Vaccination in Burma 1920-1933 - 1920-1933
Year: 1920
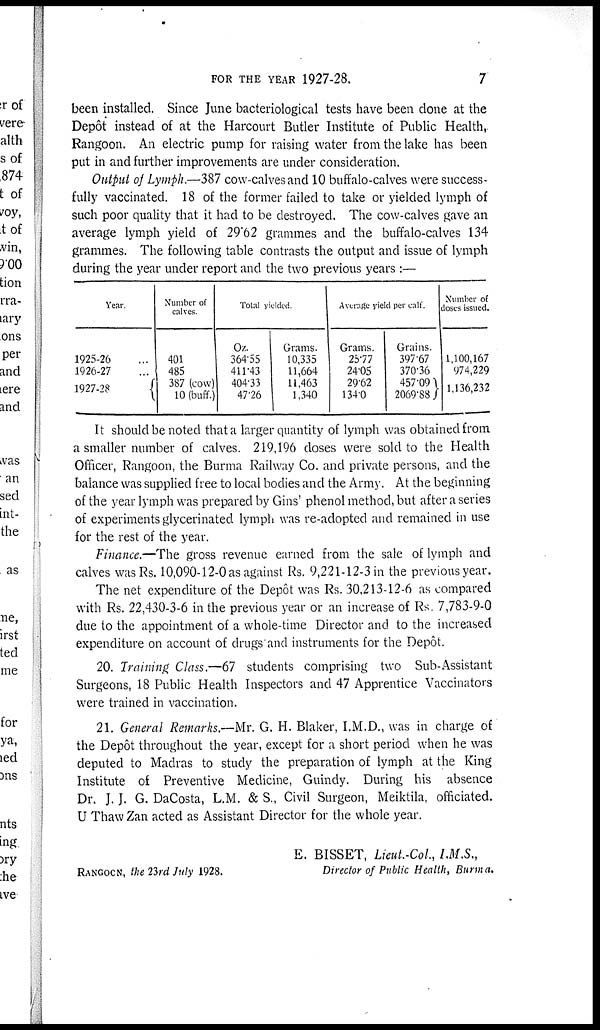
FOR THE YEAR 1927-28.
7
been installed. Since June bacteriological tests have been done at the
Depôt instead of at the Harcourt Butler Institute of Public Health,
Rangoon. An electric pump for raising water from the lake has been
put in and further improvements are under consideration.
Output of Lymph.—387 cow-calves and 10 buffalo-calves were success-
fully vaccinated. 18 of the former failed to take or yielded lymph of
such poor quality that it had to be destroyed. The cow-calves gave an
average lymph yield of 29.62 grammes and the buffalo-calves 134
grammes. The following table contrasts the output and issue of lymph
during the year under report and the two previous years :—
Year
1925-26 ...
1926-27 ...
1927-28
Number of
calves.
401
485
387 (cow)
10 (buff.)
Total yielded
Oz.
364.55
411.43
404.33
47.26
Grams.
10,335
11,664
11,463
1,340
Average yield per calf.
Grams.
25.77
24.05
29.62
134.0
Grains.
397.67
370.36
457.09
2069.88
Number of
doses issued.
1,100,167
974,229
1,136,232
It should be noted that a larger quantity of lymph was obtained from
a smaller number of calves. 219,196 doses were sold to the Health
Officer, Rangoon, the Burma Railway Co. and private persons, and the
balance was supplied free to local bodies and the Army. At the beginning
of the year lymph was prepared by Gins' phenol method, but after a series
of experiments glycerinated lymph was re-adopted and remained in use
for the rest of the year.
Finance.—The gross revenue earned from the sale of lymph and
calves was Rs. 10,090-12-0 as against Rs. 9,221-12-3 in the previous year.
The net expenditure of the Depôt was Rs. 30,213-12-6 as compared
with Rs. 22,430-3-6 in the previous year or an increase of Rs. 7,783-9-0
due to the appointment of a whole-time Director and to the increased
expenditure on account of drugs and instruments for the Depôt.
20. Training Class.—67 students comprising two Sub-Assistant
Surgeons, 18 Public Health Inspectors and 47 Apprentice Vaccinators
were trained in vaccination.
21. General Remarks.—Mr. G. H. Blaker, I.M.D., was in charge of
the Depôt throughout the year, except for a short period when he was
deputed to Madras to study the preparation of lymph at the King
Institute of Preventive Medicine, Guindy. During his absence
Dr. J. J. G. DaCosta, L.M. & S., Civil Surgeon, Meiktila, officiated.
U Thaw Zan acted as Assistant Director for the whole year.
E. BISSET, Lieut.-Col., I.M.S.,
RANGOON, the 23rd July 1928.
Director of Public Health, Burma.